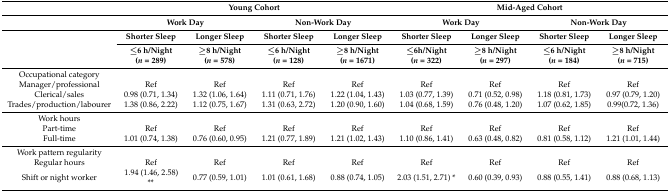
<table><thead><tr><td></td><td colspan="4"><b>Young Cohort</b></td><td colspan="4"><b>Mid-Aged Cohort</b></td></tr><tr><td></td><td colspan="2"><b>Work Day</b></td><td colspan="2"><b>Non-Work Day</b></td><td colspan="2"><b>Work Day</b></td><td colspan="2"><b>Non-Work Day</b></td></tr><tr><td rowspan="2"></td><td><b>Shorter Sleep</b></td><td><b>Longer Sleep</b></td><td><b>Shorter Sleep</b></td><td><b>Longer Sleep</b></td><td><b>Shorter Sleep</b></td><td><b>Longer Sleep</b></td><td><b>Shorter Sleep</b></td><td><b>Longer Sleep</b></td></tr><tr><td><b>≤6 h/Night (<i>n</i> = 289)</b></td><td><b>≥8 h/Night (<i>n</i> = 578)</b></td><td><b>≤6 h/Night (<i>n</i> = 128)</b></td><td><b>≥8 h/Night (<i>n</i> = 1671)</b></td><td><b>≤6h/Night (<i>n</i> = 322)</b></td><td><b>≥8 h/Night (<i>n</i> = 297)</b></td><td><b>≤6 h/Night (<i>n</i> = 184)</b></td><td><b>≥8 h/Night (<i>n</i> = 715)</b></td></tr></thead><tbody><tr><td>Occupational category</td><td></td><td></td><td></td><td></td><td></td><td></td><td></td><td></td></tr><tr><td>Manager/professional</td><td>Ref</td><td>Ref</td><td>Ref</td><td>Ref</td><td>Ref</td><td>Ref</td><td>Ref</td><td>Ref</td></tr><tr><td>Clerical/sales</td><td>0.98 (0.71, 1.34)</td><td>1.32 (1.06, 1.64)</td><td>1.11 (0.71, 1.76)</td><td>1.22 (1.04, 1.43)</td><td>1.03 (0.77, 1.39)</td><td>0.71 (0.52, 0.98)</td><td>1.18 (0.81, 1.73)</td><td>0.97 (0.79, 1.20)</td></tr><tr><td>Trades/production/labourer</td><td>1.38 (0.86, 2.22)</td><td>1.12 (0.75, 1.67)</td><td>1.31 (0.63, 2.72)</td><td>1.20 (0.90, 1.60)</td><td>1.04 (0.68, 1.59)</td><td>0.76 (0.48, 1.20)</td><td>1.07 (0.62, 1.85)</td><td>0.99(0.72, 1.36)</td></tr><tr><td>Work hours</td><td></td><td></td><td></td><td></td><td></td><td></td><td></td><td></td></tr><tr><td>Part-time </td><td>Ref</td><td>Ref</td><td>Ref</td><td>Ref</td><td>Ref</td><td>Ref</td><td>Ref</td><td>Ref</td></tr><tr><td>Full-time</td><td>1.01 (0.74, 1.38)</td><td>0.76 (0.60, 0.95)</td><td>1.21 (0.77, 1.89)</td><td>1.21 (1.02, 1.43)</td><td>1.10 (0.86, 1.41)</td><td>0.63 (0.48, 0.82)</td><td>0.81 (0.58, 1.12)</td><td>1.21 (1.01, 1.44)</td></tr><tr><td>Work pattern regularity</td><td></td><td></td><td></td><td></td><td></td><td></td><td></td><td></td></tr><tr><td>Regular hours</td><td>Ref</td><td>Ref</td><td>Ref</td><td>Ref</td><td>Ref</td><td>Ref</td><td>Ref</td><td>Ref</td></tr><tr><td>Shift or night worker</td><td>1.94 (1.46, 2.58) **</td><td>0.77 (0.59, 1.01)</td><td>1.01 (0.61, 1.68)</td><td>0.88 (0.74, 1.05)</td><td>2.03 (1.51, 2.71) *</td><td>0.60 (0.39, 0.93)</td><td>0.88 (0.55, 1.41)</td><td>0.88 (0.68, 1.13)</td></tr></tbody></table>